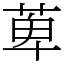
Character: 萆